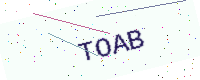
Text: TOAB